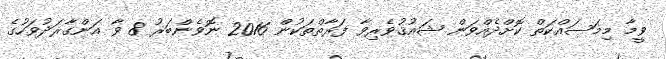
ވީމާ މިމަސައްކަތް ކޮށްދެއްވަން ޝައުޤުވެރިވާ ފަރާތްތަކުން 2016 ނޮވެންބަރު 8 ވާ އަންގާރަދުވަހުގެ